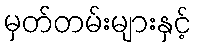
မှတ်တမ်းများနှင့်